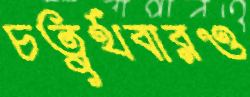
চতুর্থবারও